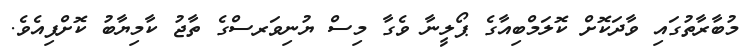
މުބާރާތުގައި ވާދަކޮށް ކޮލަމްބިއާގެ ޕޯލީނާ ވެގާ މިސް ޔުނިވަރސްގެ ތާޖު ކާމިޔާބު ކޮށްފިއެވެ.